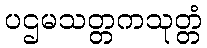
ပဌမသတ္တကသုတ္တံ